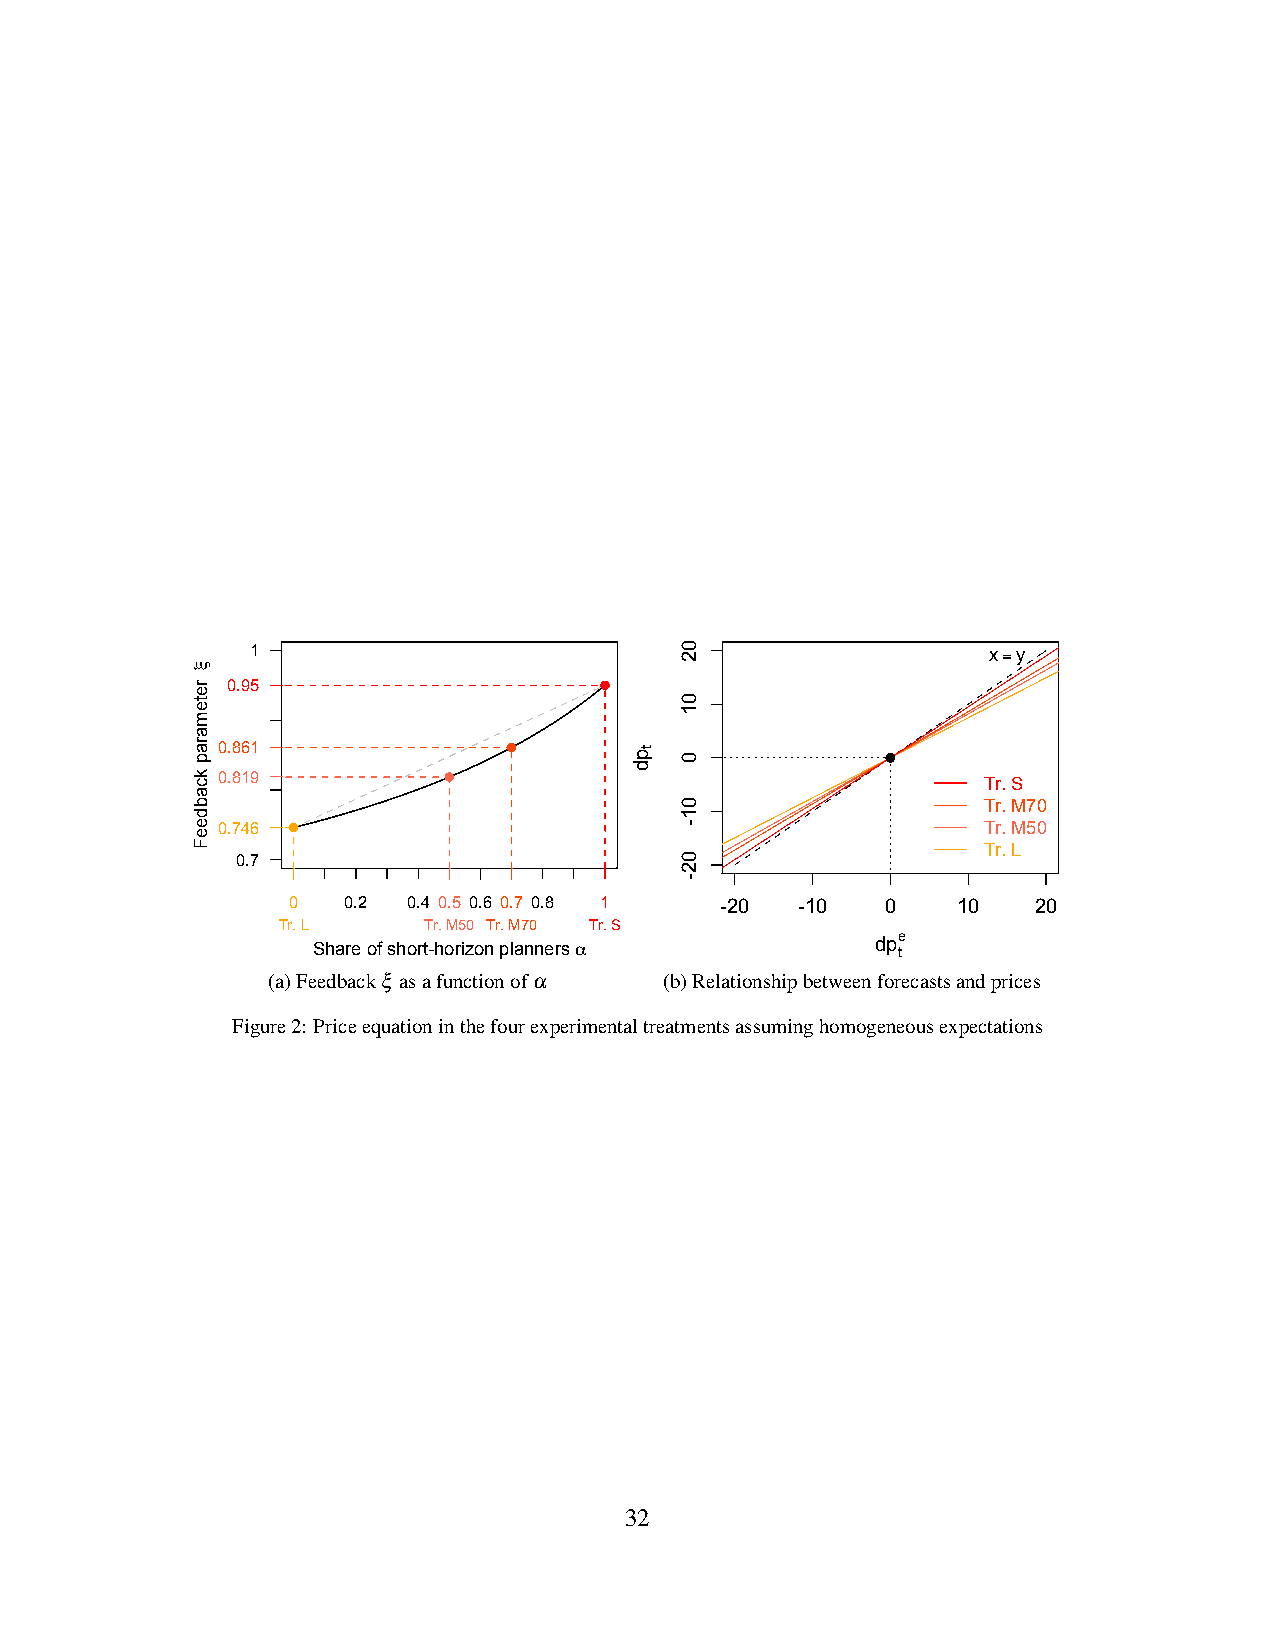
1                                               x=y
 0.95
 0.861
 0.819                                              Tr. S
 Tr. M70
 0.746                                              Tr. M50
 Tr. L
 0.7
 0   0.2 0.4 0.5 0.6 0.7 0.8 1 -20 -10   0   10    20
 Tr. L     Tr. M50 Tr. M70 Tr. S
 Share of short-horizon planners α    dp te
 (a)Feedbackξ asafunctionofα (b)Relationshipbetweenforecastsandprices
 Figure2: Priceequationinthefourexperimentaltreatmentsassuminghomogeneousexpectations
 32
 ξ
 retemarap
 kcabdeeF
 pd t
 02
 01
 0
 01-
 02-